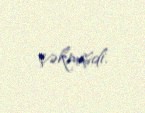
çəkmişdi.